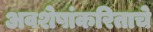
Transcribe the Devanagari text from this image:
अवशेषांकरिताचे